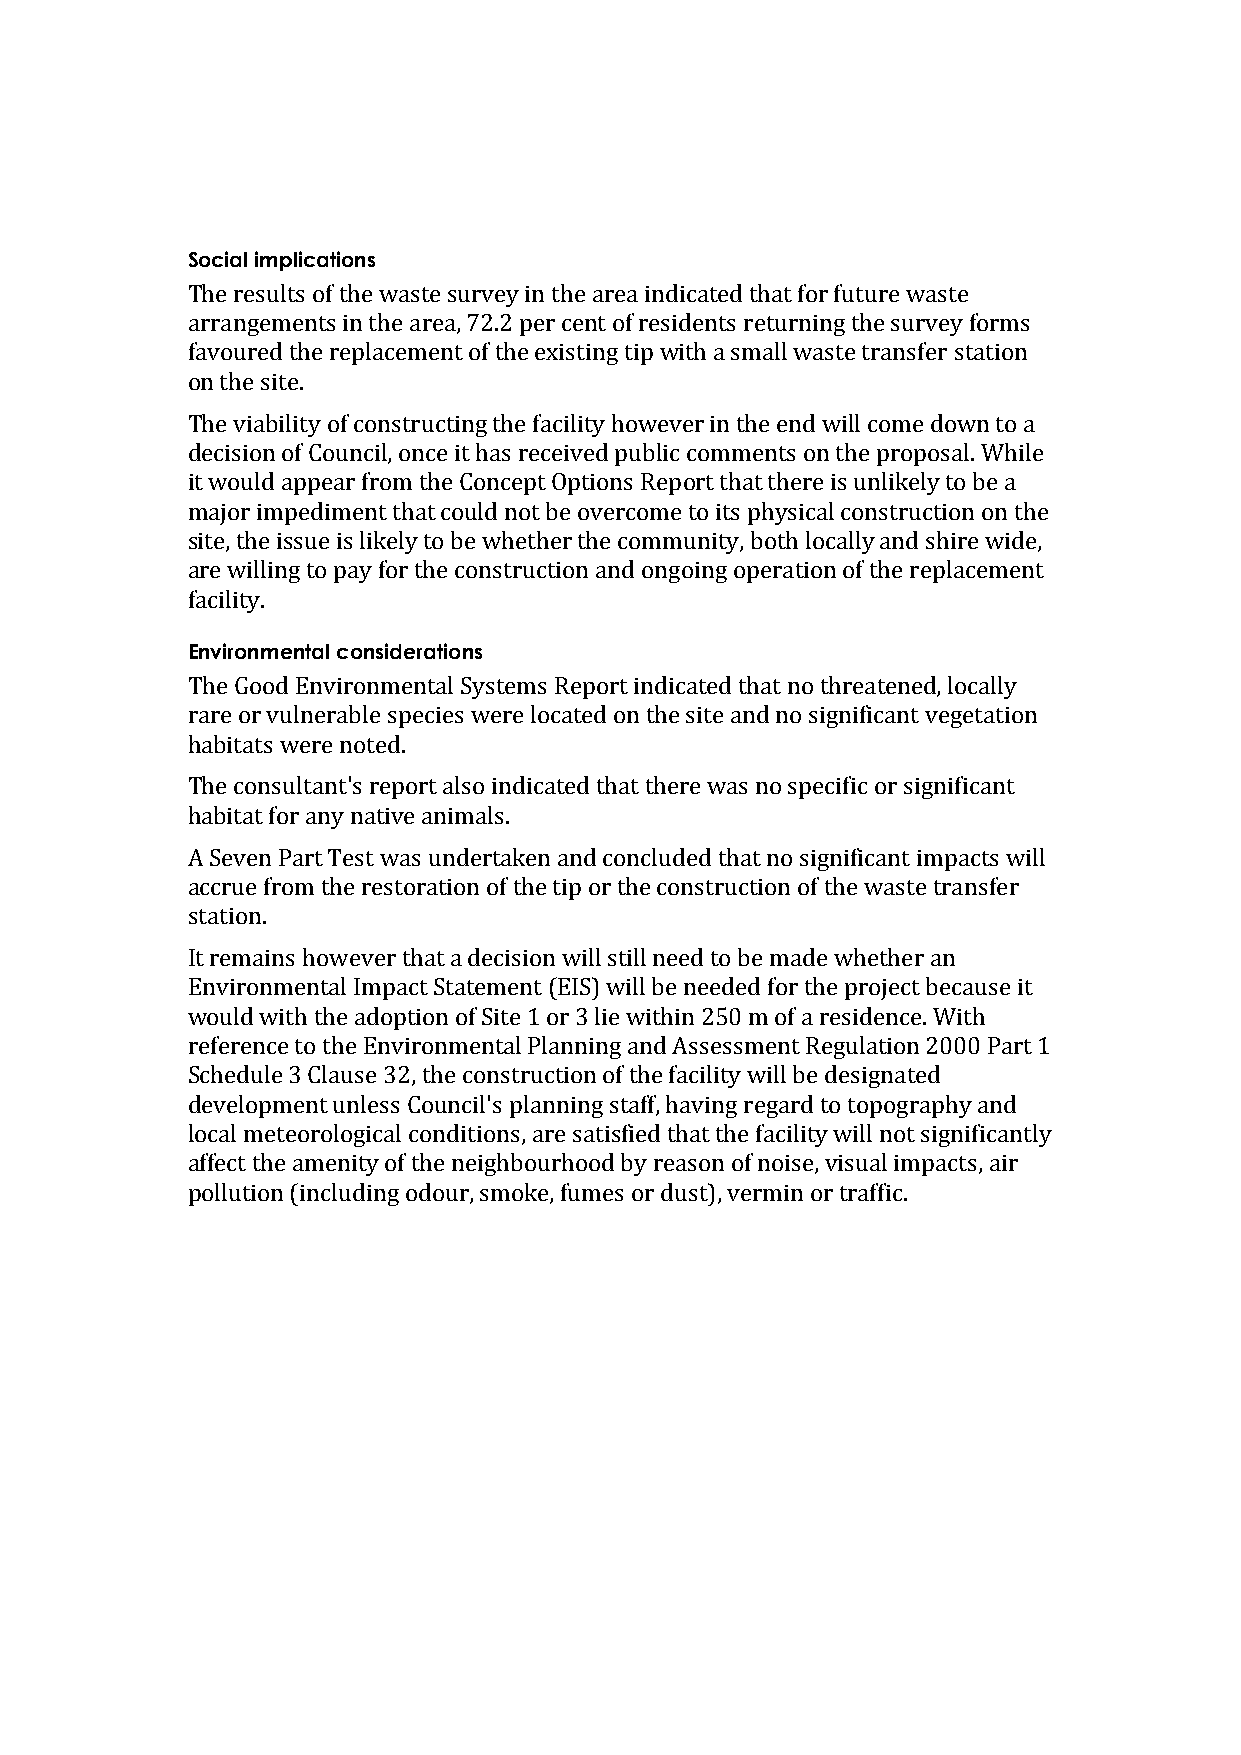
Social implications
 The results of the waste survey in the area indicated that for future waste
 arrangements in the area, 72.2 per cent of residents returning the survey forms
 favoured the replacement of the existing tip with a small waste transfer station
 on the site.
 The viability of constructing the facility however in the end will come down to a
 decision of Council, once it has received public comments on the proposal. While
 it would appear from the Concept Options Report that there is unlikely to be a
 major impediment that could not be overcome to its physical construction on the
 site, the issue is likely to be whether the community, both locally and shire wide,
 are willing to pay for the construction and ongoing operation of the replacement
 facility.
 Environmental considerations
 The Good Environmental Systems Report indicated that no threatened, locally
 rare or vulnerable species were located on the site and no significant vegetation
 habitats were noted.
 The consultant's report also indicated that there was no specific or significant
 habitat for any native animals.
 A Seven Part Test was undertaken and concluded that no significant impacts will
 accrue from the restoration of the tip or the construction of the waste transfer
 station.
 It remains however that a decision will still need to be made whether an
 Environmental Impact Statement (EIS) will be needed for the project because it
 would with the adoption of Site 1 or 3 lie within 250 m of a residence. With
 reference to the Environmental Planning and Assessment Regulation 2000 Part 1
 Schedule 3 Clause 32, the construction of the facility will be designated
 development unless Council's planning staff, having regard to topography and
 local meteorological conditions, are satisfied that the facility will not significantly
 affect the amenity of the neighbourhood by reason of noise, visual impacts, air
 pollution (including odour, smoke, fumes or dust), vermin or traffic.